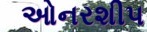
ઓનરશીપ